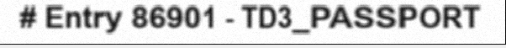
# Entry 86901 - TD3_PASSPORT